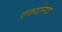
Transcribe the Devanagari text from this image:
एकदोनदा